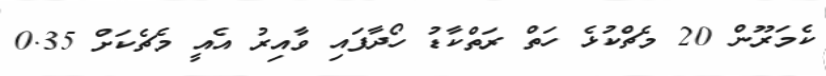
ކެމަރޫން 20 މެޗްކުޅެ ހަތް ރަތްކާޑު ހޯދާފައި ވާއިރު އެއީ މެޗެކަށް 0.35